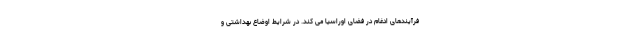
فرآیندهای ادغام در فضای اوراسیا می کند. در شرایط اوضاع بهداشتی و